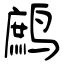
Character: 鹧